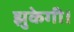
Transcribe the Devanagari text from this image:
झुकेगी।